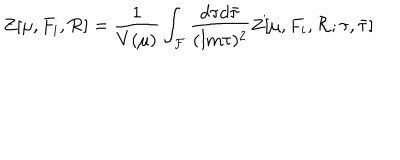
LaTeX: Z [ \mu , F _ { i } , { \cal R } ] = \frac { 1 } { V ( \mu ) } \int _ { \cal F } \frac { d \tau d { \bar { \tau } } } { ( \mathrm { I m } \tau ) ^ { 2 } } Z [ \mu , F _ { i } , { \cal R } ; \tau , { \bar { \tau } } ]